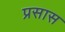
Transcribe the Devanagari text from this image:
प्रसास